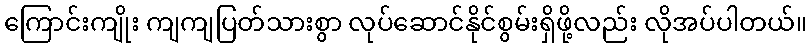
ကြောင်းကျိုး ကျကျပြတ်သားစွာ လုပ်ဆောင်နိုင်စွမ်းရှိဖို့လည်း လိုအပ်ပါတယ်။